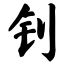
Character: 钊